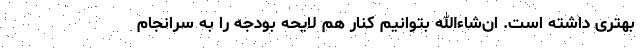
بهتری داشته است. ان‌شاء‌الله بتوانیم کنار هم لایحه بودجه را به سرانجام